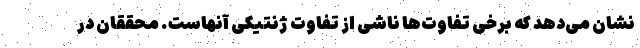
نشان می‌دهد که برخی تفاوت‌ها ناشی از تفاوت ژنتیکی آنهاست. محققان در